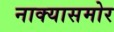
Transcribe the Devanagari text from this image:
नाक्‍यासमोर